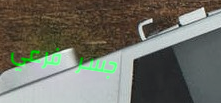
جسر فرعي